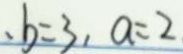
b = 3 , a = 2